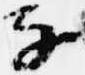
子